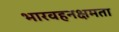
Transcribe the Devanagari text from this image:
भारवहनक्षमता